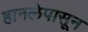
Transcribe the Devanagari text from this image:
हानलेपासून